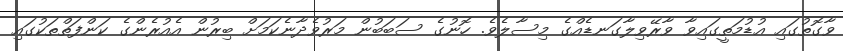
ވާގޮތުގައި އުޑުމަތީގައިވާ ވާރޭވިލާގަނޑެއްގެ މިސާލެވެ. ހޮނުގެ ސަބަބުން މަރުވެދާނެކަމަށް ބިރުން އެއުރެންގެ ކަންފަތްތަކުގައި